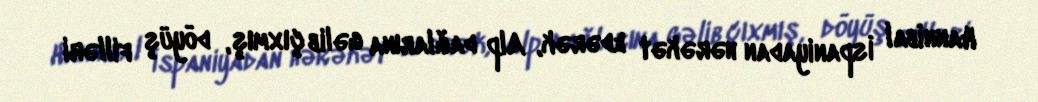
Hannibal İspaniyadan hərəkət edərək, Alp dağlarına gəlib çıxmış, döyüş filləri